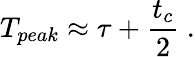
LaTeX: T_{peak}\approx\tau+\frac{t_{c}}{2}~.